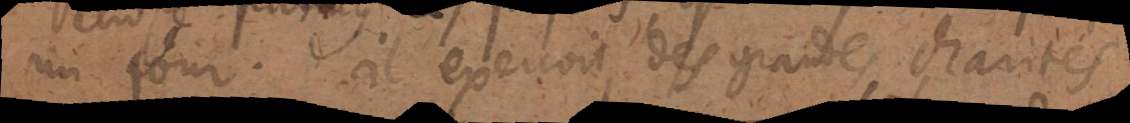
un jour. Il exerçoit des grandes charités